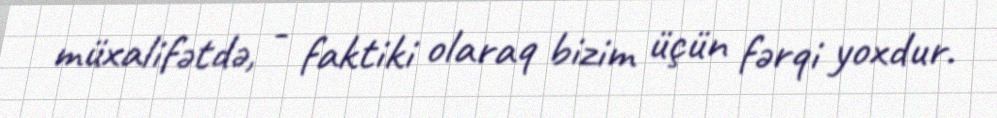
müxalifətdə, - faktiki olaraq bizim üçün fərqi yoxdur.